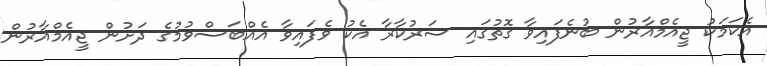
އެކަމަކު ޖީއެމްއާރުން ބުނެފައިވާ ގޮތުގައި ސަރުކާރާ އެކު ވެފައިވާ އެއްބަސްވުމުގެ ދަށުން ޖީއެމްއާރުން